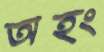
অহং